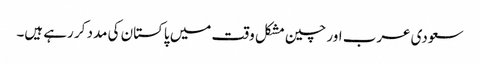
سعودی عرب اور چین مشکل وقت میں پاکستان کی مدد کر رہے ہیں۔